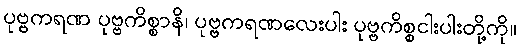
ပုဗ္ဗကရဏ ပုဗ္ဗကိစ္စာနိ၊ ပုဗ္ဗကရဏလေးပါး ပုဗ္ဗကိစ္စငါးပါးတို့ကို။